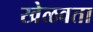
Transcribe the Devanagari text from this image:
खेळवता